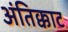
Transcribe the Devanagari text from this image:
अंतिक्काट